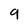
Character: 9